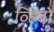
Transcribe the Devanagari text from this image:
व्हिवो